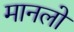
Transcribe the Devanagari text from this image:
मानलो